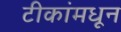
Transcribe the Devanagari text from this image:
टीकांमधून